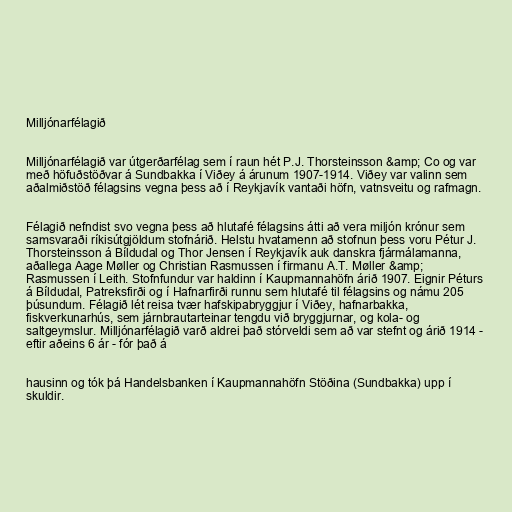
Milljónarfélagið

Milljónarfélagið var útgerðarfélag sem í raun hét P.J. Thorsteinsson &amp; Co og var
með höfuðstöðvar á Sundbakka í Viðey á árunum 1907-1914. Viðey var valinn sem
aðalmiðstöð félagsins vegna þess að í Reykjavík vantaði höfn, vatnsveitu og rafmagn.

Félagið nefndist svo vegna þess að hlutafé félagsins átti að vera miljón krónur sem
samsvaraði ríkisútgjöldum stofnárið. Helstu hvatamenn að stofnun þess voru Pétur J.
Thorsteinsson á Bíldudal og Thor Jensen í Reykjavík auk danskra fjármálamanna,
aðallega Aage Møller og Christian Rasmussen í firmanu A.T. Møller &amp;
Rasmussen í Leith. Stofnfundur var haldinn í Kaupmannahöfn árið 1907. Eignir Péturs
á Bíldudal, Patreksfirði og í Hafnarfirði runnu sem hlutafé til félagsins og námu 205
þúsundum. Félagið lét reisa tvær hafskipabryggjur í Viðey, hafnarbakka,
fiskverkunarhús, sem járnbrautarteinar tengdu við bryggjurnar, og kola- og
saltgeymslur. Milljónarfélagið varð aldrei það stórveldi sem að var stefnt og árið 1914 -
eftir aðeins 6 ár - fór það á

hausinn og tók þá Handelsbanken í Kaupmannahöfn Stöðina (Sundbakka) upp í
skuldir.